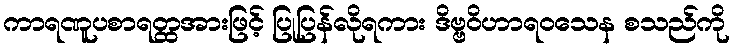
ကာရဏူပစာရတ္ထအားဖြင့် ပြုပြန်လိုရကား ဒိဗ္ဗဝိဟာရဝသေန စသည်ကို